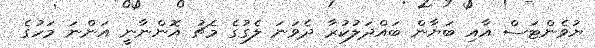
ޔުވެންޓަސް އާއި ބަޔާން ބައްދަލުކުރާ ދެވަނަ ލެގުގެ މެޗު އޮންނާނީ އަންނަ މަހުގެ